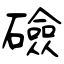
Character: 礆